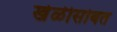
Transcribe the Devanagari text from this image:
खेळीसोबत